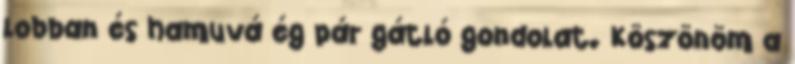
lobban és hamuvá ég pár gátló gondolat. Köszönöm a